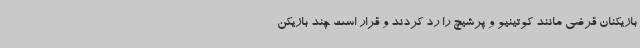
بازیکنان قرضی مانند کوتینیو و پرشیچ را رد کردند و قرار است چند بازیکن